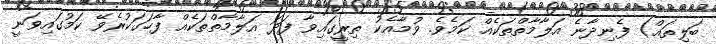
ބަލިތައް) ފެނިދާނެ އަލާމާތްތަކެއް ކަމެވެ. ވުމާއެކު ތިރީގައިވާ ފަދަ އަލާމާތްތަކެއް ފާހަގަކުރެވޭ ކަމުގައިވަނީ